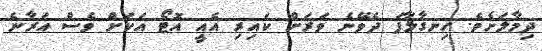
ދިމާލަށެވެ. ހިނގާލާފަ ދެވޭނެ ވަރަށް ކައިރި އެއީ އޮޓޯ އަކަށް ވެސް އަރާނެ